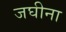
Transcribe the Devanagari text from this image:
जघीना